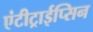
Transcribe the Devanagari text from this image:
एंटीट्राईप्सिन